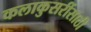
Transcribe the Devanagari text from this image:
कलाकुसरींसाठी